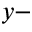
y -